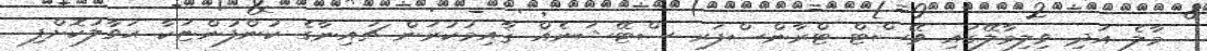
މާލެ އަދި ވިލިމާލޭގައި ވޭސްޓް ޓްރާންސްފަރ ސްޓޭޝަނެއް ޤާއިމުކުރަން ޗައިނާގެ ކުންފުންޏަކާ ޙަވާލުކޮށްފި